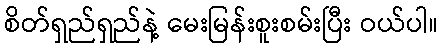
စိတ်ရှည်ရှည်နဲ့ မေးမြန်းစူးစမ်းပြီး ဝယ်ပါ။